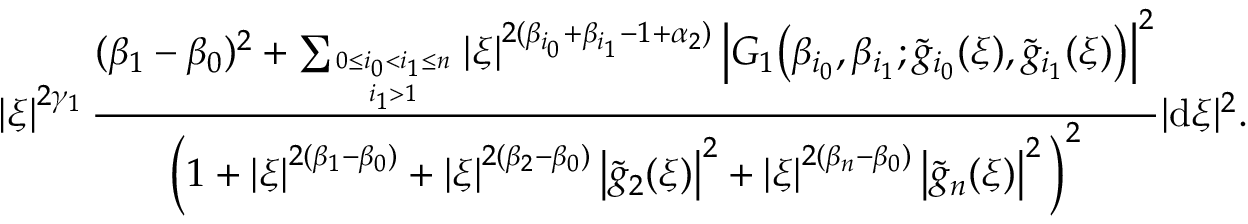
\left| \xi \right| ^ { 2 \gamma _ { 1 } } \frac { ( \beta _ { 1 } - \beta _ { 0 } ) ^ { 2 } + \sum _ { 0 \le i _ { 0 } < i _ { 1 } \le n \atop i _ { 1 } > 1 } \left| \xi \right| ^ { 2 ( \beta _ { i _ { 0 } } + \beta _ { i _ { 1 } } - 1 + \alpha _ { 2 } ) } \left| G _ { 1 } \big ( \beta _ { i _ { 0 } } , \beta _ { i _ { 1 } } ; \tilde { g } _ { i _ { 0 } } ( \xi ) , \tilde { g } _ { i _ { 1 } } ( \xi ) \big ) \right| ^ { 2 } } { \Big ( 1 + \left| \xi \right| ^ { 2 ( \beta _ { 1 } - \beta _ { 0 } ) } + \left| \xi \right| ^ { 2 ( \beta _ { 2 } - \beta _ { 0 } ) } \left| \tilde { g } _ { 2 } ( \xi ) \right| ^ { 2 } + \left| \xi \right| ^ { 2 ( \beta _ { n } - \beta _ { 0 } ) } \left| \tilde { g } _ { n } ( \xi ) \right| ^ { 2 } \Big ) ^ { 2 } } | \mathrm { d } \xi | ^ { 2 } .